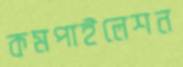
কমপাইলেশন